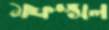
মফস্সল